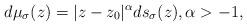
LaTeX: \begin{align*} d\mu_{\sigma}(z) = |z - z_0|^\alpha ds_{\sigma}(z), \alpha > -1,\end{align*}